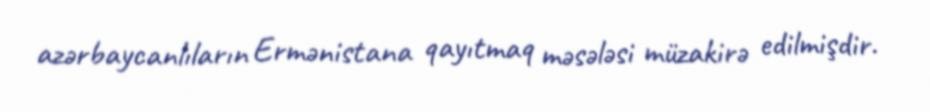
azərbaycanlıların Ermənistana qayıtmaq məsələsi müzakirə edilmişdir.